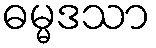
ဓမ္မဒသာ